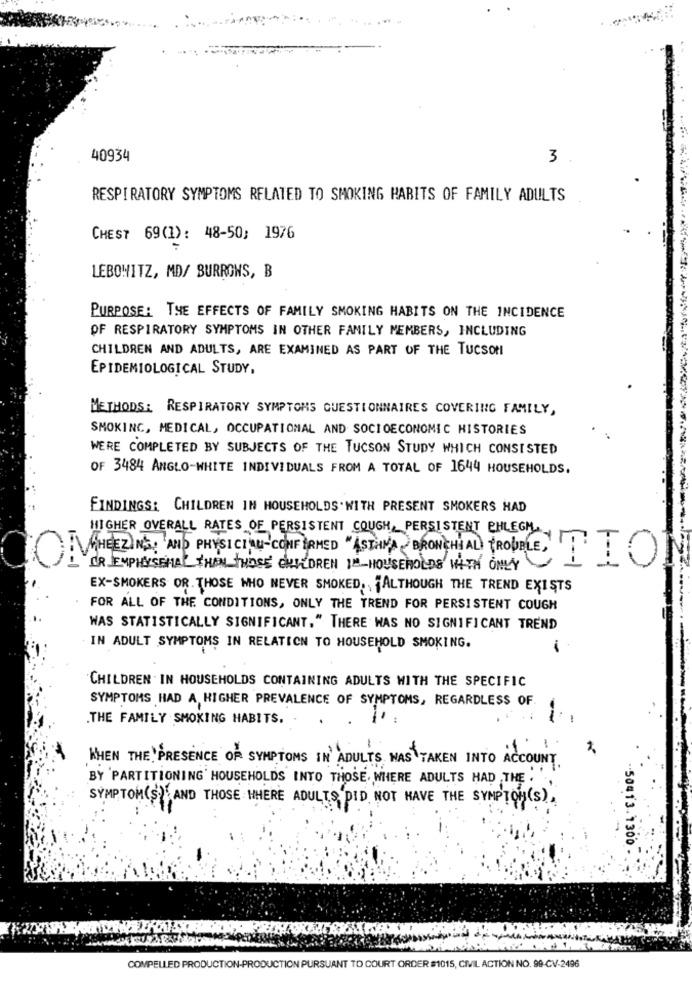
40934
3
RESPIRATORY SYMPTOMS RELATED TO SMOKING HABITS OF FAMILY ADULTS
CHEST 69(1): 48-50; 1976
LEBOWITZ, MD/ BURROWS, B
PURPOSE: THE EFFECTS OF FAMILY SMOKING HABITS ON THE INCIDENCE
OF RESPIRATORY SYMPTOMS IN OTHER FAMILY MEMBERS, INCLUDING
CHILDREN AND ADULTS, ARE EXAMINED AS PART OF THE TUCSON
EPIDEMIOLOGICAL STUDY,
METHODS: RESPIRATORY SYMPTOMS QUESTIONNAIRES COVERING FAMILY,
SMOKING, MEDICAL, OCCUPATIONAL AND SOCIOECONOMIC HISTORIES
WERE COMPLETED BY SUBJECTS OF THE TUCSON STUDY WHICH CONSISTED
OF 3484 ANGLO-WHITE INDIVIDUALS FROM A TOTAL OF 1644 HOUSEHOLDS.
FINDINGS: CHILDREN IN HOUSEHOLDS. WITH PRESENT SMOKERS HAD
HIGHER OVERALL RATES OF PERSISTENT COUGH, PERSISTENT PHLEGM
WHEEZING AND PHYSICIAN-CONFIRMED "ASIANA BRONCHIAL TROUBLE,
DR EMPHYSEMA THAN THOSE CHILDREN IN HOUSEHOLDS WITH ONLY
TIO
EX-SMOKERS OR. THOSE WHO NEVER SMOKED ,, "ALTHOUGH THE TREND EXISTS
FOR ALL OF THE CONDITIONS, ONLY THE TREND FOR PERSISTENT COUGH
WAS STATISTICALLY SIGNIFICANT," THERE WAS NO SIGNIFICANT TREND
IN ADULT SYMPTOMS IN RELATION TO HOUSEHOLD SMOKING.
CHILDREN . IN HOUSEHOLDS CONTAINING ADULTS WITH THE SPECIFIC
SYMPTOMS HAD A, HIGHER PREVALENCE OF SYMPTOMS, REGARDLESS OF
.THE FAMILY SMOKING HABITS.
-
WHEN THE PRESENCE OF SYMPTOMS IN ADULTS WAS TAKEN INTO ACCOUNT
BY 'PARTITIONING' HOUSEHOLDS INTO THOSE, WHERE ADULTS HAD THE . ,
SYMPTOM(S)AND THOSE WHERE ADULTS DID NOT HAVE THE SYMPTOM(S),
50413.1300 .
COMPELLED PRODUCTION-PRODUCTION PURSUANT TO COURT ORDER $1015, CIVIL ACTION NO. 99-CV-2496